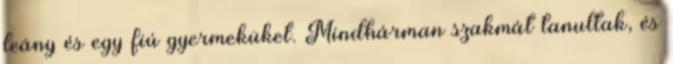
leány és egy fiú gyermeküket. Mindhárman szakmát tanultak, és